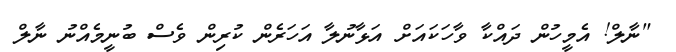
"ނާލް! އެމީހުން ދައްކާ ވާހަކައަށް އަޅާނުލާ އަހަރެން ކުރިން ވެސް ބުނީމެއްނު ނާލް